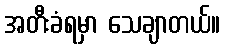
အတီးခံရမှာ သေချာတယ်။